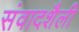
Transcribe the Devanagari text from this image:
संवादशैली